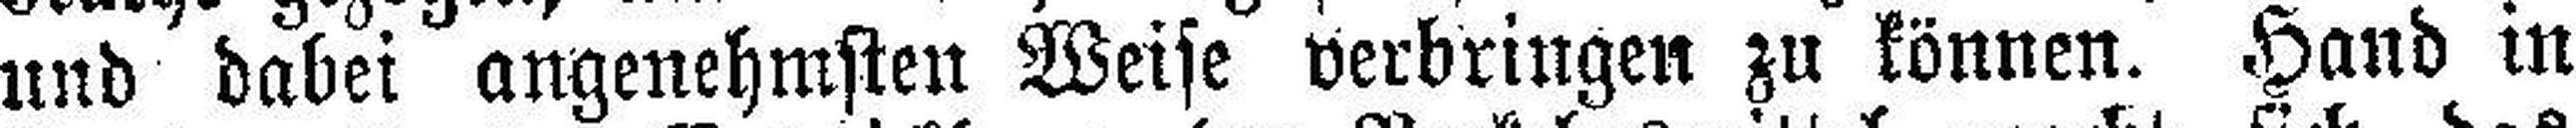
und dabei angenehmsten Weise verbringen zu können. Hand in